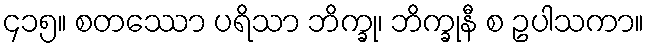
၄၁၅။ စတဿော ပရိသာ ဘိက္ခု၊ ဘိက္ခုနီ စ ဥပါသကာ။